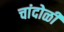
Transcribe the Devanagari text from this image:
चांदोळी